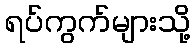
ရပ်ကွက်များသို့